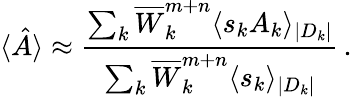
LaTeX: \langle\hat{A}\rangle\approx\frac{\sum_{k}\overline{{W}}_{k}^{m+n}\langle s_{k}A_{k}\rangle_{|D_{k}|}}{\sum_{k}\overline{{W}}_{k}^{m+n}\langle s_{k}\rangle_{|D_{k}|}}\, .